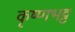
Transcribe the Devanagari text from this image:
कृष्णभट्ट